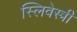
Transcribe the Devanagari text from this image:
स्लिवेस्त्री